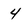
Character: 4